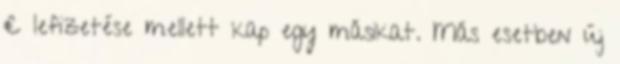
€ lefizetése mellett kap egy másikat. Más esetben új